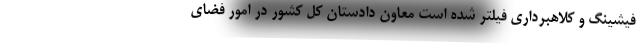
فیشینگ و کلاهبرداری فیلتر شده است معاون دادستان کل کشور در امور فضای